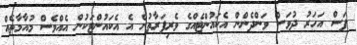
ފަސް އަހަރު ދުވަސް ވަންދެންން އެކައުންޓެއްގެ ވެރިފަރާތުން އެ އެކައުންޓަކުން އެއްވެސް މުއާމާތެއް